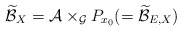
\begin{align*}\widetilde{\mathcal{B}}_{X}=\mathcal{A}\times_{\mathcal{G}}P_{x_{0}} (=\widetilde{\mathcal{B}}_{E,X}) \end{align*}